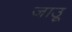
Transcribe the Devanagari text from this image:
जाउू